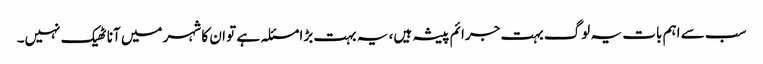
سب سے اہم بات یہ لوگ بہت جرائم پیشہ ہیں، یہ بہت بڑا مسئلہ ہے تو ان کا شہر میں آنا ٹھیک نہیں۔